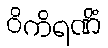
ဝိကိရဏိံ